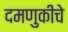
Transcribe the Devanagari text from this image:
दमणुकीचे